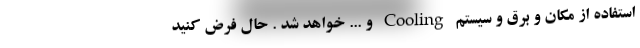
استفاده از مکان و برق و سیستم Cooling و ... خواهد شد . حال فرض کنید